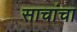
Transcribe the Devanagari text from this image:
साचांचा